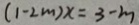
( 1 - 2 m ) x = 3 - m